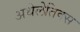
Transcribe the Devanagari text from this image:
अथेलेतिक्स